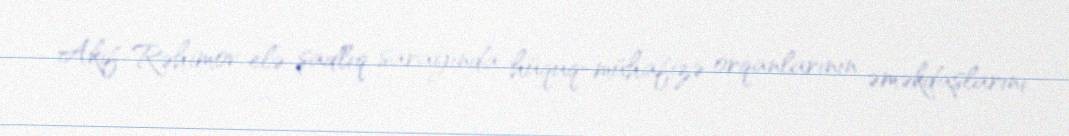
Akif Rəhimov elə şadlıq sarayında hüquq-mühafizə orqanlarının əməkdaşlarını